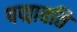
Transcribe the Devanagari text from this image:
पद्मावति